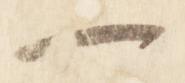
一